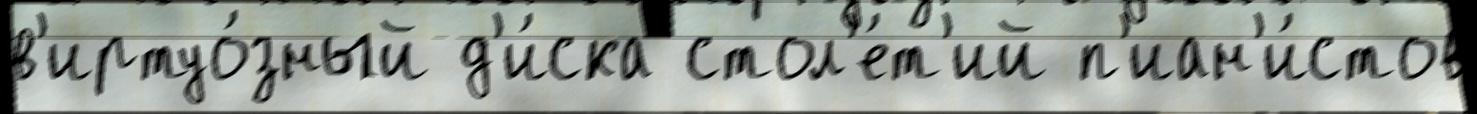
в'иртуо́зный д'и́ска стол'е́т'ий п'иан'и́стов